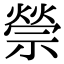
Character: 禜